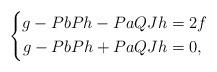
LaTeX: \begin{align*} \left \{ \begin{aligned} g-PbPh-PaQJh&=2f\\ g-PbPh+PaQJh&=0,\end{aligned}\right. \end{align*}